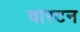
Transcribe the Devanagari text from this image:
वारटन